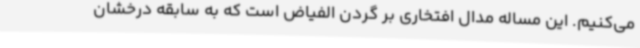
می‌کنیم. این مساله مدال افتخاری بر گردن الفیاض است که به سابقه درخشان